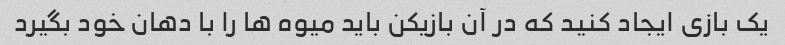
یک بازی ایجاد کنید که در آن بازیکن باید میوه ها را با دهان خود بگیرد